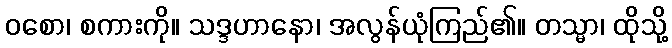
ဝစော၊ စကားကို။ သဒ္ဒဟာနော၊ အလွန်ယုံကြည်၏။ တသ္မာ၊ ထိုသို့